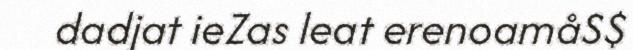
dadjat ieZas leat erenoamåS$